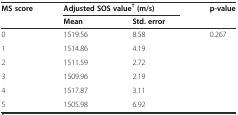
<table><thead><tr><td><b>MS score</b></td><td colspan="2"><b>Adjusted SOS value<sup>†</sup>(m/s)</b></td><td><b>p-value</b></td></tr><tr><td></td><td><b>Mean</b></td><td><b>Std. error</b></td><td></td></tr></thead><tbody><tr><td>0</td><td>1519.56</td><td>8.58</td><td>0.267</td></tr><tr><td>1</td><td>1514.86</td><td>4.19</td><td></td></tr><tr><td>2</td><td>1511.59</td><td>2.72</td><td></td></tr><tr><td>3</td><td>1509.96</td><td>2.19</td><td></td></tr><tr><td>4</td><td>1517.87</td><td>3.11</td><td></td></tr><tr><td>5</td><td>1505.98</td><td>6.92</td><td></td></tr></tbody></table>